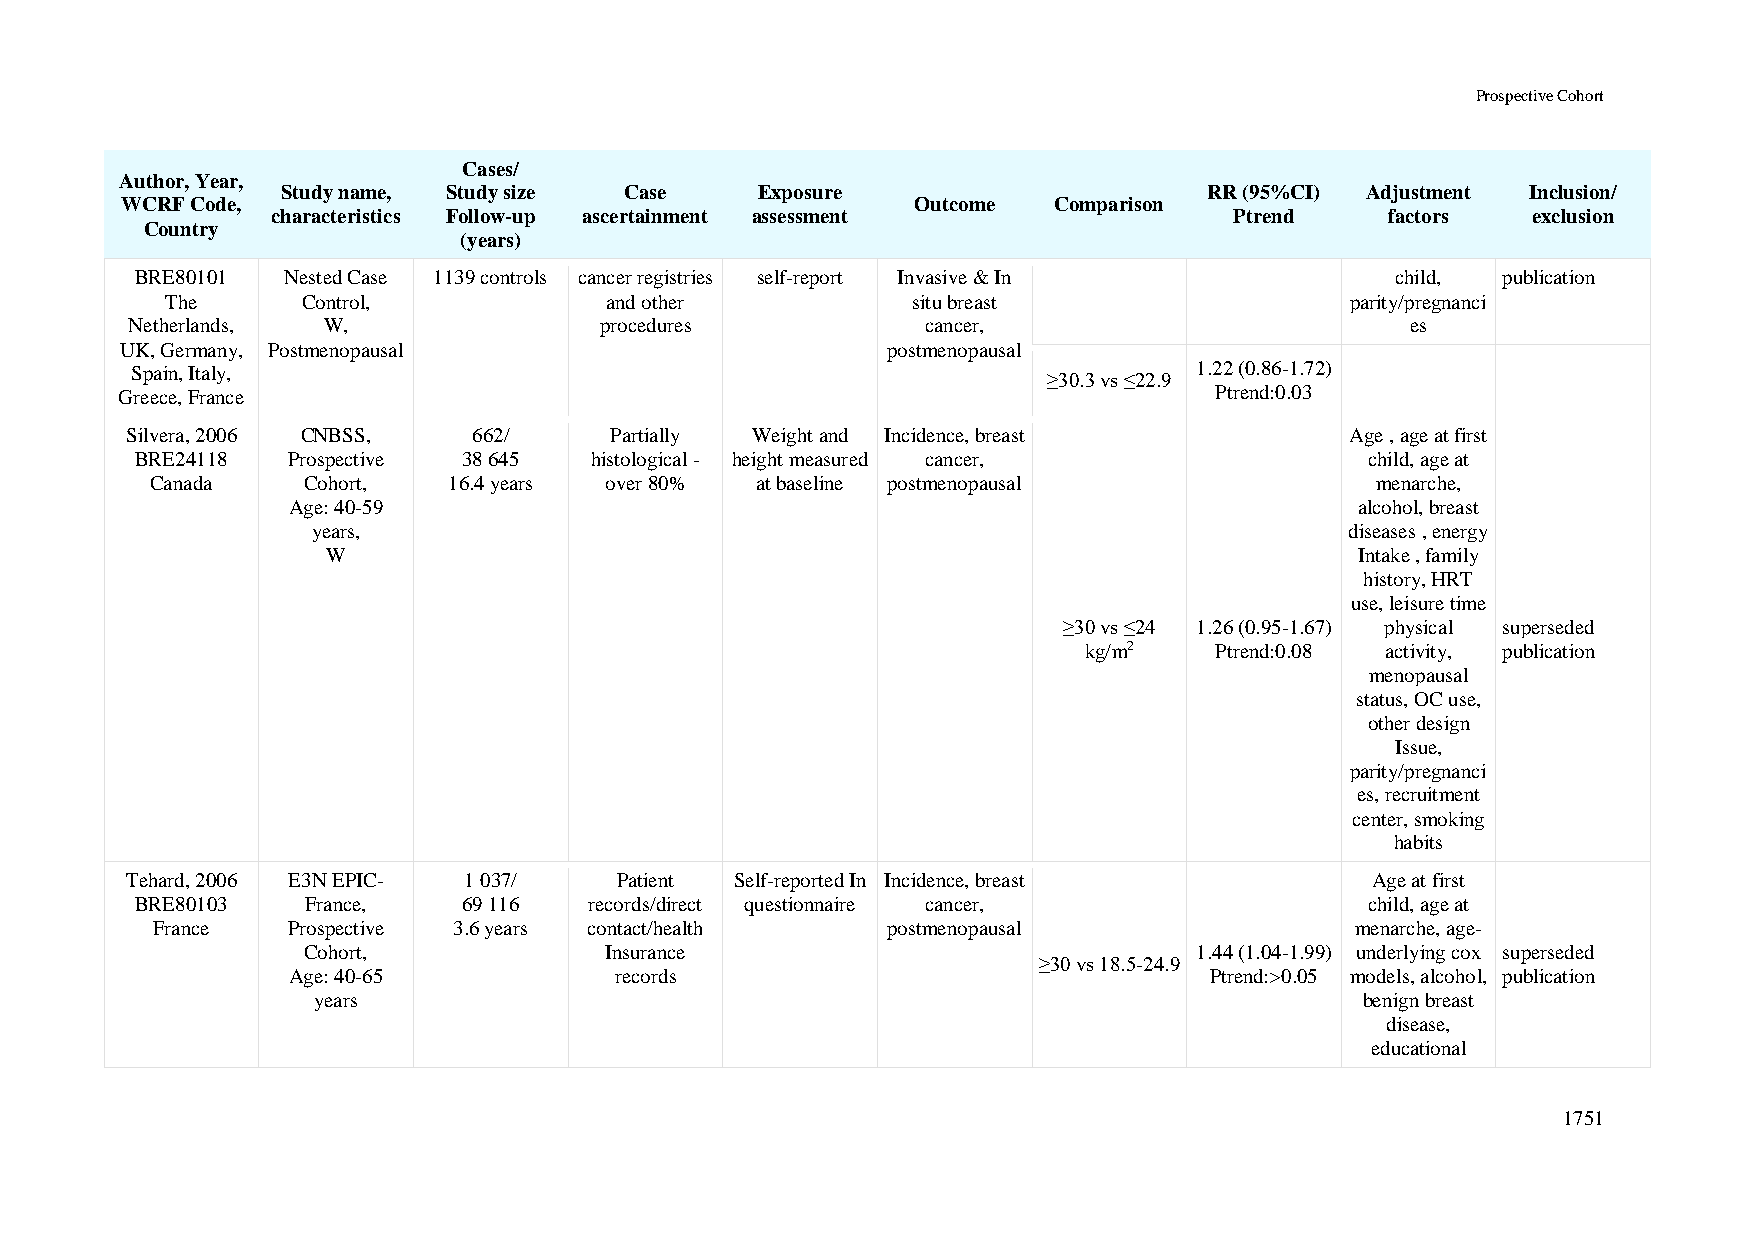
Prospective Cohort
 Cases/
 Author, Year,
 Study name, Study size Case    Exposure                      RR (95%CI) Adjustment Inclusion/
 WCRF Code,                                           Outcome  Comparison
 characteristics Follow-up ascertainment assessment              Ptrend    factors  exclusion
 Country
 (years)
 BRE80101  Nested Case 1139 controls cancer registries self-report Invasive & In    child, publication
 The      Control,            and other           situ breast                  parity/pregnanci
 Netherlands, W,                 procedures           cancer,                         es
 UK, Germany, Postmenopausal                        postmenopausal
 Spain, Italy,                                                         1.22 (0.86-1.72)
 ≥30.3 vs ≤22.9
 Greece, France                                                          Ptrend:0.03
 Silvera, 2006 CNBSS,   662/     Partially Weight and Incidence, breast           Age , age at first
 BRE24118  Prospective 38 645  histological - height measured cancer,              child, age at
 Canada    Cohort,   16.4 years over 80% at baseline postmenopausal               menarche,
 Age: 40-59                                                             alcohol, breast
 years,                                                              diseases , energy
 W                                                                   Intake , family
 history, HRT
 use, leisure time
 ≥30 vs ≤24 1.26 (0.95-1.67) physical superseded
 kg/m2   Ptrend:0.08 activity, publication
 menopausal
 status, OC use,
 other design
 Issue,
 parity/pregnanci
 es, recruitment
 center, smoking
 habits
 Tehard, 2006 E3N EPIC- 1 037/    Patient Self-reported In Incidence, breast        Age at first
 BRE80103   France,    69 116  records/direct questionnaire cancer,                child, age at
 France   Prospective 3.6 years contact/health    postmenopausal                 menarche, age-
 Cohort,             Insurance                              1.44 (1.04-1.99) underlying cox superseded
 ≥30 vs 18.5-24.9
 Age: 40-65            records                                Ptrend:>0.05 models, alcohol, publication
 years                                                                benign breast
 disease,
 educational
 1751